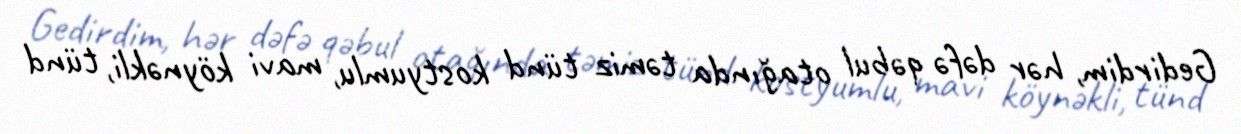
Gedirdim, hər dəfə qəbul otağında təmiz tünd kostyumlu, mavi köynəkli, tünd